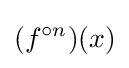
(f^{\circ n})(x)